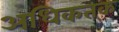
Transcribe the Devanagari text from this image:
अधिकतक